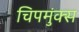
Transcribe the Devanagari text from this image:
चिपमुंक्स